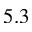
5 . 3